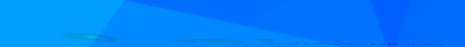
صالحة لتوفير كافة خدمات ا